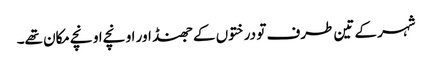
شہر کے تین طرف تو درختوں کے جھنڈ اور اونچے اونچے مکان تھے۔